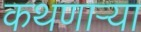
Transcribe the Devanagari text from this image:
कथणाऱ्या